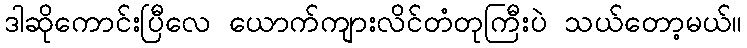
ဒါဆိုကောင်းပြီလေ ယောက်ကျားလိင်တံတုကြီးပဲ သယ်တော့မယ်။